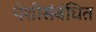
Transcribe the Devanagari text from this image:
पेशीसंबंधित